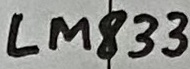
Text: LM833